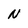
Character: N